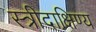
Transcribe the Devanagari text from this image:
स्त्रीदाक्षिण्य